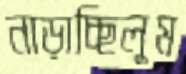
নাড়াচ্ছিলুম